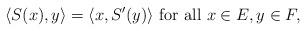
LaTeX: \begin{align*} \langle S (x),y\rangle =\langle x,S'(y) \rangle~\mbox{for all}~x\in E, y\in F, \end{align*}